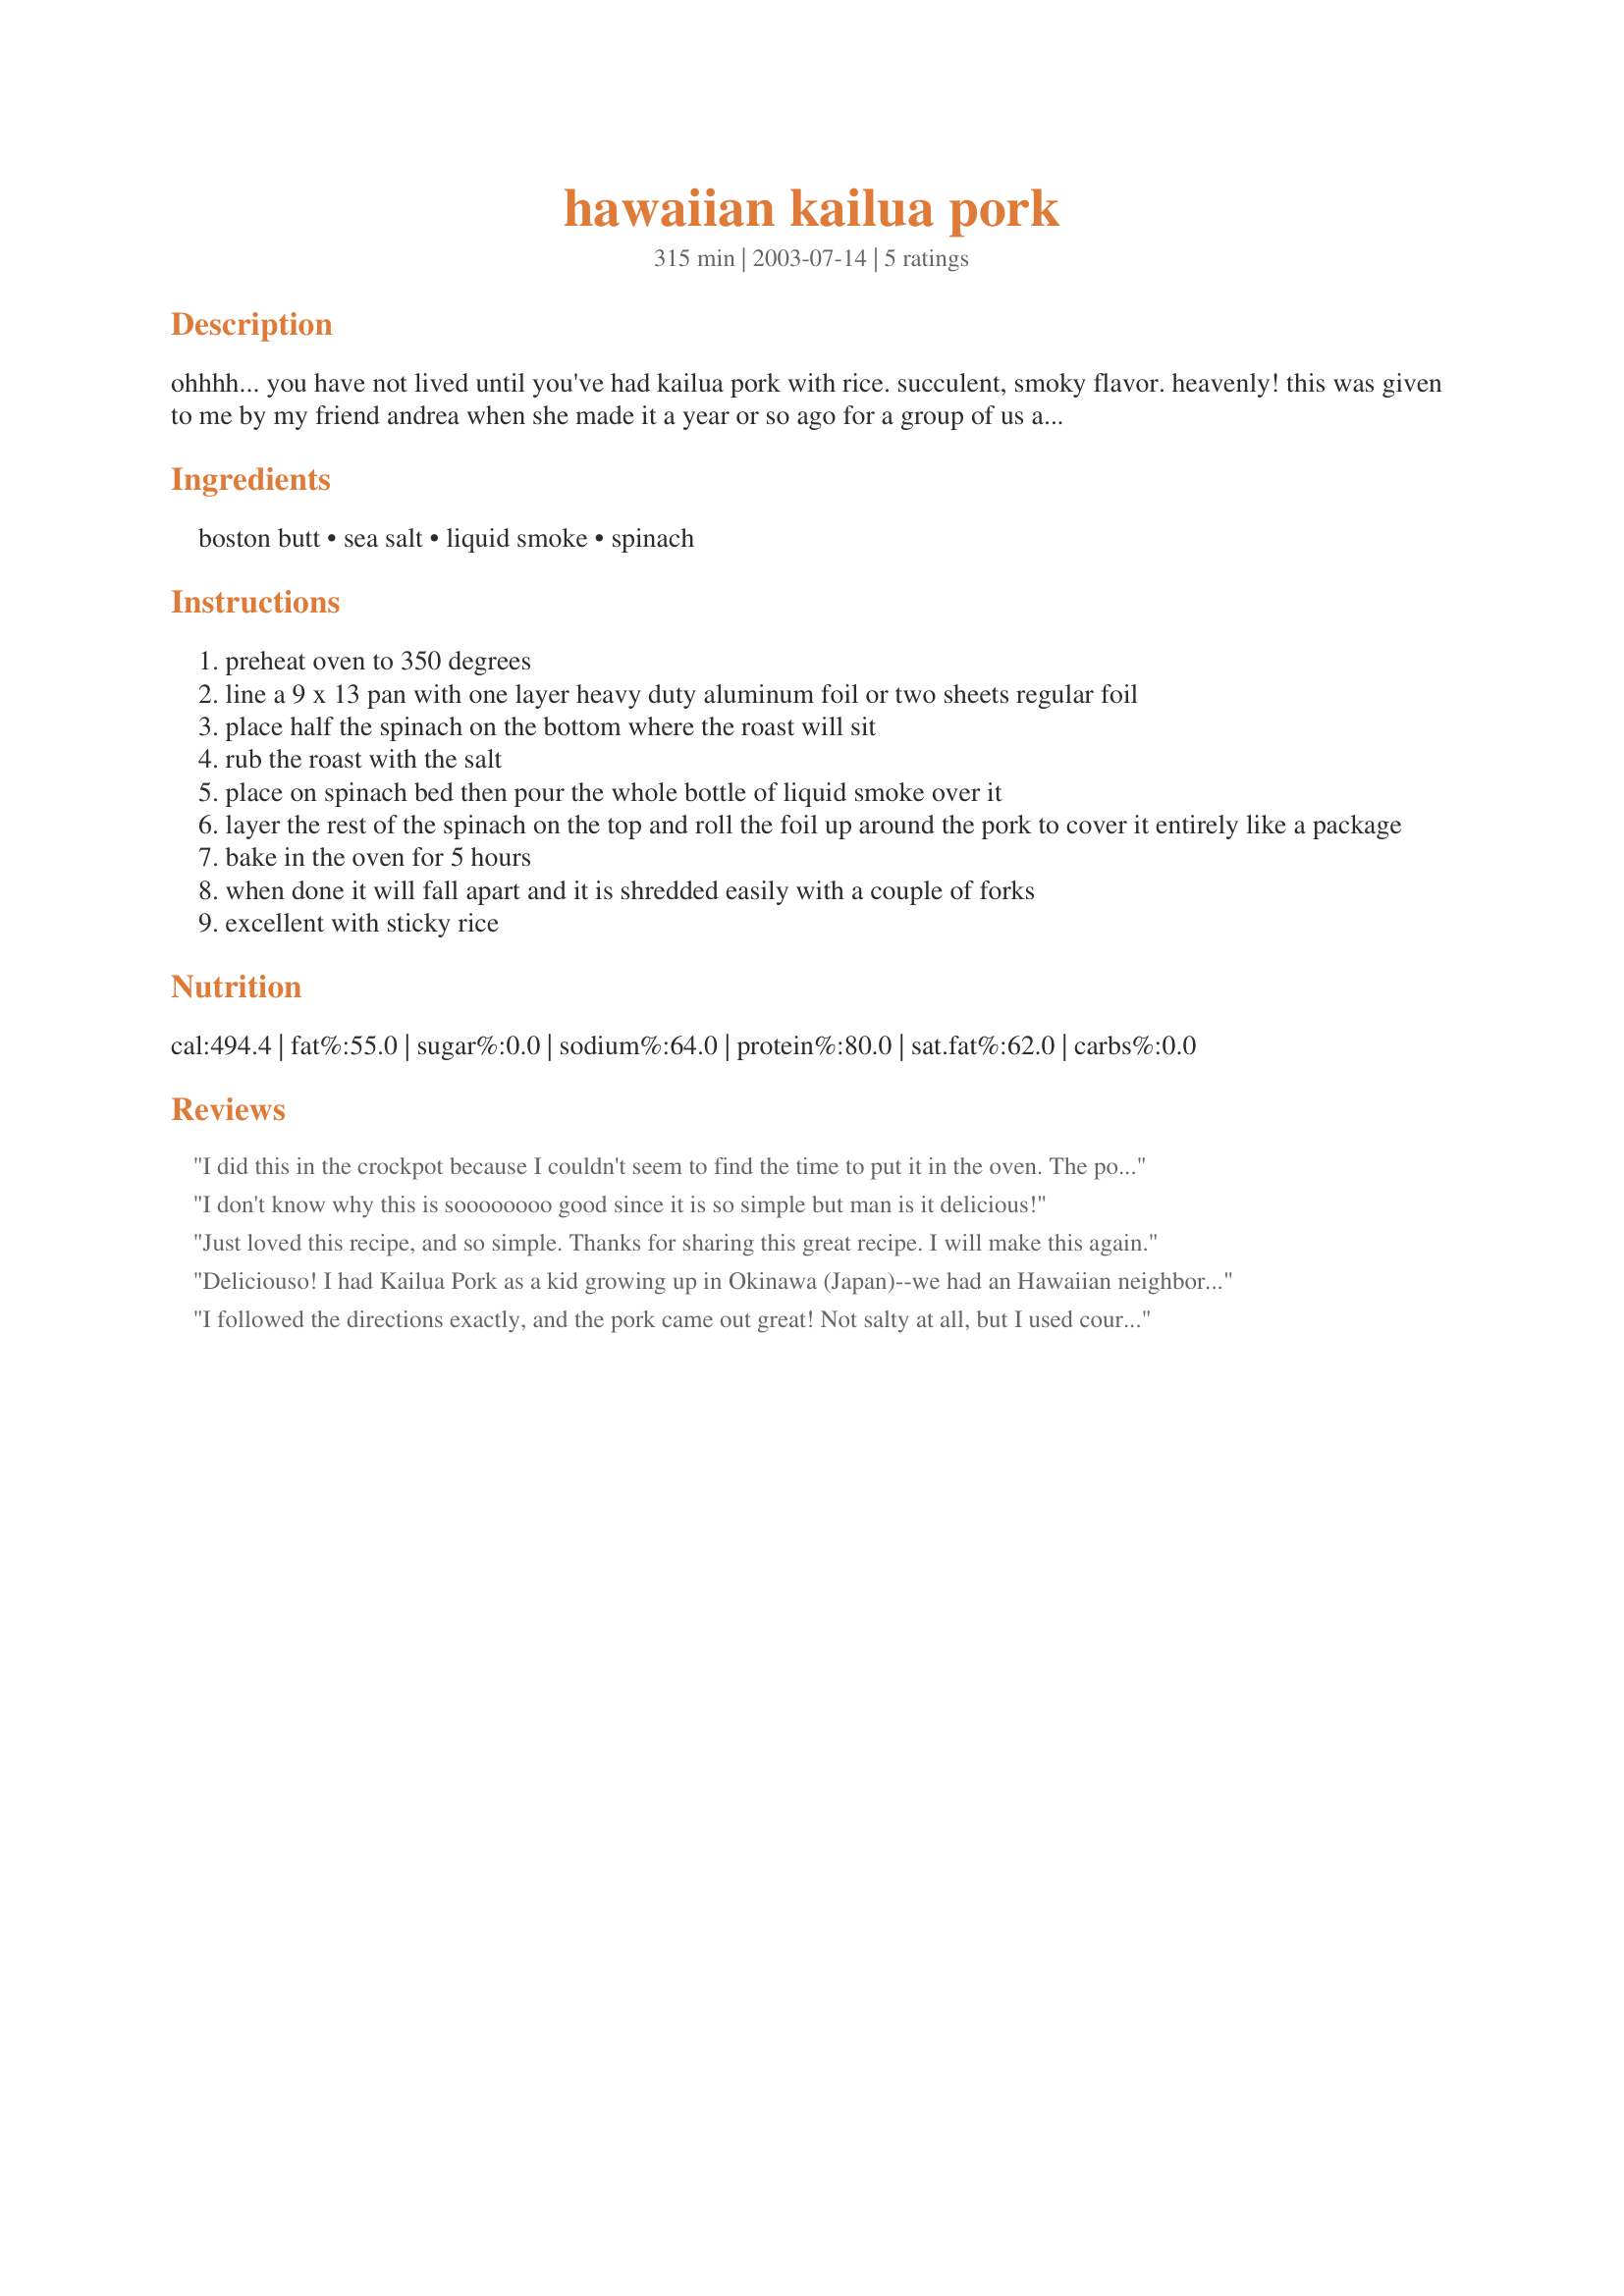
hawaiian kailua pork
Preparation time: 315 minutes

ohhhh... you have not lived until you've had kailua pork with rice. succulent, smoky flavor. heavenly! this was given to me by my friend andrea when she made it a year or so ago for a group of us and i begged her for the recipe. she grew up in hawaii with her sisters and this is one recipe that they brought with them. every ingredient is essential, don't skip them. i'm guessing at the servings but 5 lbs is a lot of meat.

Ingredients:
boston butt, sea salt, liquid smoke, spinach

Steps:
preheat oven to 350 degrees
line a 9 x 13 pan with one layer heavy duty aluminum foil or two sheets regular foil
place half the spinach on the bottom where the roast will sit
rub the roast with the salt
place on spinach bed then pour the whole bottle of liquid smoke over it
layer the rest of the spinach on the top and roll the foil up around the pork to cover it entirely like a package
bake in the oven for 5 hours
when done it will fall apart and it is shredded easily with a couple of forks
excellent with sticky rice

Reviews:
I did this in the crockpot because I couldn't seem to find the time to put it in the oven. The pork came out tender and flavorful, but a bit on the salty side. It would have been better in the oven - the cut of meat made the crockpot rendition a bit greasy. Or, maybe it would work in the crockpot with a pork loin. (I did still use the foil wrap in the crock, because I don't trust my crockpot.)
I don't know why this is soooooooo good since it is so simple but man is it delicious!
Just loved this recipe, and so simple. Thanks for sharing this great recipe. I will make this again.
Deliciouso! I had Kailua Pork as a kid growing up in Okinawa (Japan)--we had an Hawaiian neighbor who threw the world's best Hawaiian parties. She made the pig in the ground with banana and coconut fronds covering it. I loved this recipe because I didn't have to dig a pit or find banana leaves to cook it--thank goodness! The flavour is surprisingly very close to my neighbor's succulent pig. The spinach in this recipe acts much in the same way as the banana leaves--sealing in the juices of the pig. Use the sea salt--it's a much better flavor than the fine salt. Also, let the meat rest 7-10 minutes before shredding it. I served this with a "salsa" of sliced radishes, chopped cilantro, and green onions, and sea salt. We piled it high on toasted seseme seed buns. Delicious, and ALOHA! Thanks for sharing this great recipe.
I followed the directions exactly, and the pork came out great! Not salty at all, but I used course sea salt rather than fine sea salt, which the store had both of.. my house smelled GREAT for the 5 hours and I will definitely make this again.
